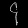
Digit: ၄